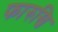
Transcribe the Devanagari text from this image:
फारुखि